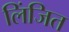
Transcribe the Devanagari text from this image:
लिंजित